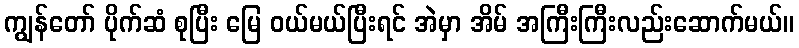
ကျွန်တော် ပိုက်ဆံ စုပြီး မြေ ဝယ်မယ်ပြီးရင် အဲမှာ အိမ် အကြီးကြီးလည်းဆောက်မယ်။